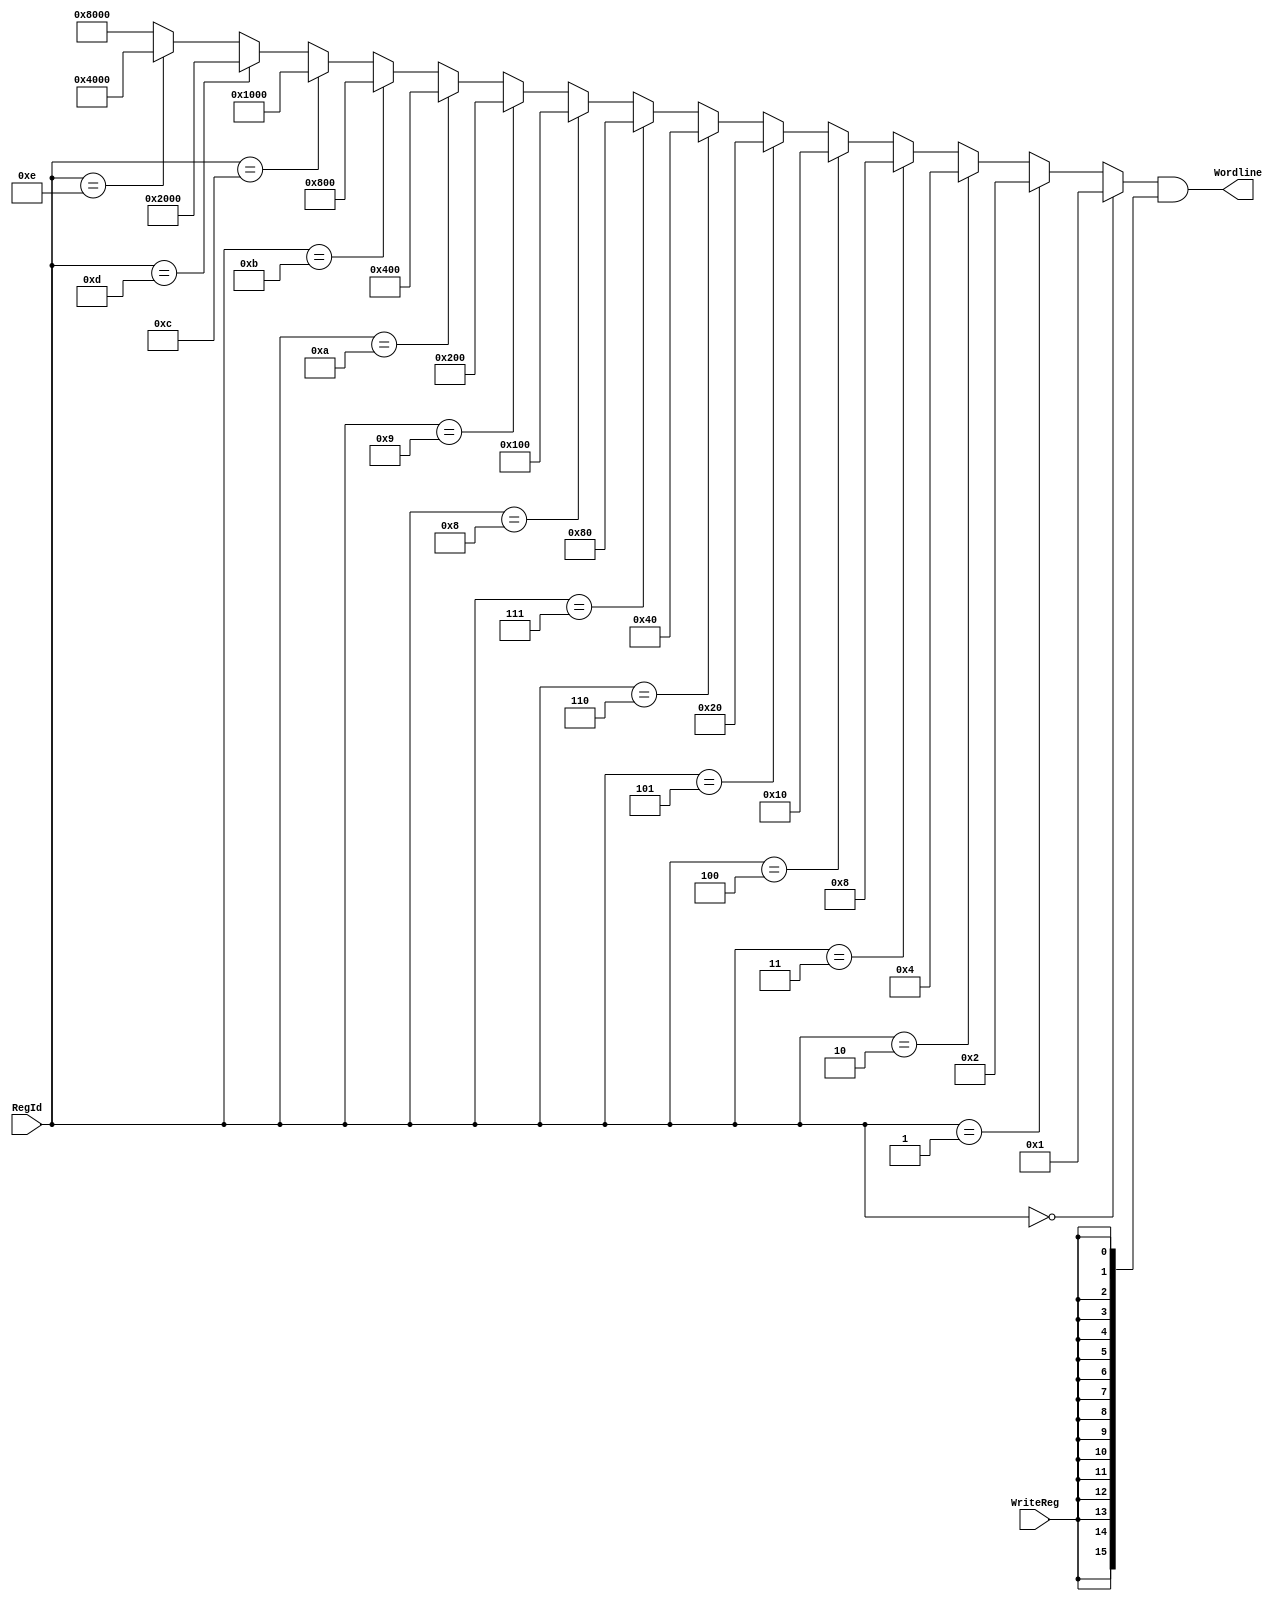
module WriteDecoder_4_16(input [3:0] RegId, input WriteReg, output [15:0] Wordline);

	wire [15:0] write;
	assign write = (RegId == 4'h0) ? 16'h0001 :
				   (RegId == 4'h1) ? 16'h0002 :
				   (RegId == 4'h2) ? 16'h0004 :
				   (RegId == 4'h3) ? 16'h0008 :
				   (RegId == 4'h4) ? 16'h0010 :
				   (RegId == 4'h5) ? 16'h0020 :
				   (RegId == 4'h6) ? 16'h0040 :
				   (RegId == 4'h7) ? 16'h0080 :
				   (RegId == 4'h8) ? 16'h0100 :
				   (RegId == 4'h9) ? 16'h0200 :
				   (RegId == 4'hA) ? 16'h0400 :
				   (RegId == 4'hB) ? 16'h0800 :
				   (RegId == 4'hC) ? 16'h1000 :
				   (RegId == 4'hD) ? 16'h2000 :
				   (RegId == 4'hE) ? 16'h4000 : 16'h8000;
				   
	assign Wordline = write & ({16{WriteReg}});

endmodule